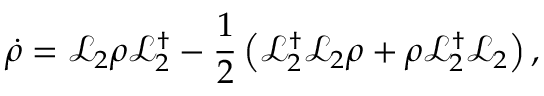
\dot { \rho } = \mathcal { L } _ { 2 } \rho \mathcal { L } _ { 2 } ^ { \dagger } - \frac { 1 } { 2 } \left( \mathcal { L } _ { 2 } ^ { \dagger } \mathcal { L } _ { 2 } \rho + \rho \mathcal { L } _ { 2 } ^ { \dagger } \mathcal { L } _ { 2 } \right) ,